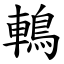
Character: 鿂